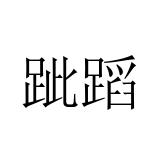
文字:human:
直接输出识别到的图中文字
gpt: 跐蹈